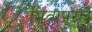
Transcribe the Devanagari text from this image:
भिवापूरचे